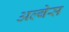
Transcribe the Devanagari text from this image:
अल्बेस